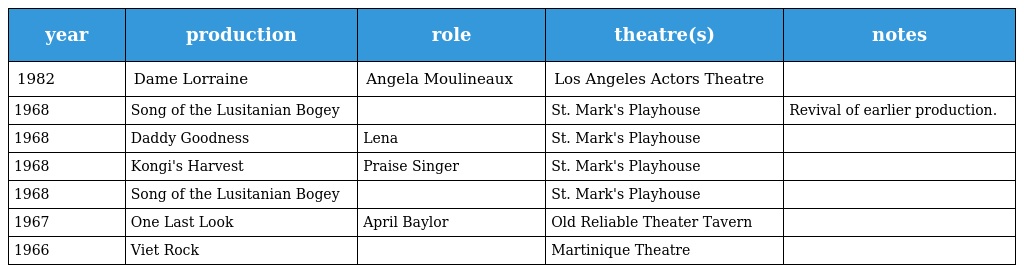
| year | production | role | theatre(s) | notes |
 | --- | --- | --- | --- | --- |
 | 1982 | Dame Lorraine | Angela Moulineaux | Los Angeles Actors Theatre |  |
 | 1968 | Song of the Lusitanian Bogey |  | St. Mark's Playhouse | Revival of earlier production. |
 | 1968 | Daddy Goodness | Lena | St. Mark's Playhouse |  |
 | 1968 | Kongi's Harvest | Praise Singer | St. Mark's Playhouse |  |
 | 1968 | Song of the Lusitanian Bogey |  | St. Mark's Playhouse |  |
 | 1967 | One Last Look | April Baylor | Old Reliable Theater Tavern |  |
 | 1966 | Viet Rock |  | Martinique Theatre |  |